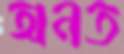
অনত